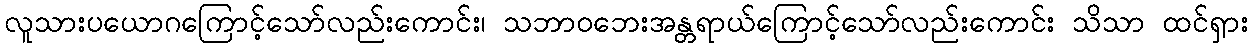
လူသားပယောဂကြောင့်သော်လည်းကောင်း၊ သဘာဝဘေးအန္တရာယ်ကြောင့်သော်လည်းကောင်း သိသာ ထင်ရှား